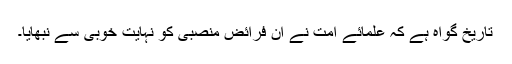
تاریخ گواہ ہے کہ علمائے امت نے ان فرائض منصبی کو نہایت خوبی سے نبھایا۔